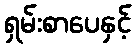
ရှမ်းစာပေနှင့်